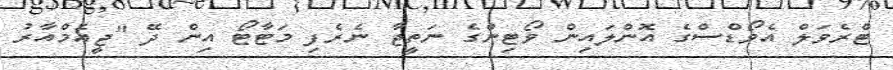
ޓްރެވަލް އެވޯޑްސްގެ އޮންލައިން ވޯޓިންގެ ނަތީޖާ ނެރެފި މަޓާޓޯ އިން ދޭ "ޖީއެމްއާރު